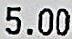
5.00